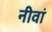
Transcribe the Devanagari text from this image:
नीवां